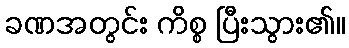
ခဏအတွင်း ကိစ္စ ပြီးသွား၏။